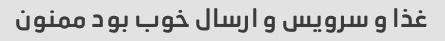
غذا و سرویس و ارسال خوب بود ممنون